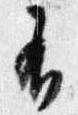
不